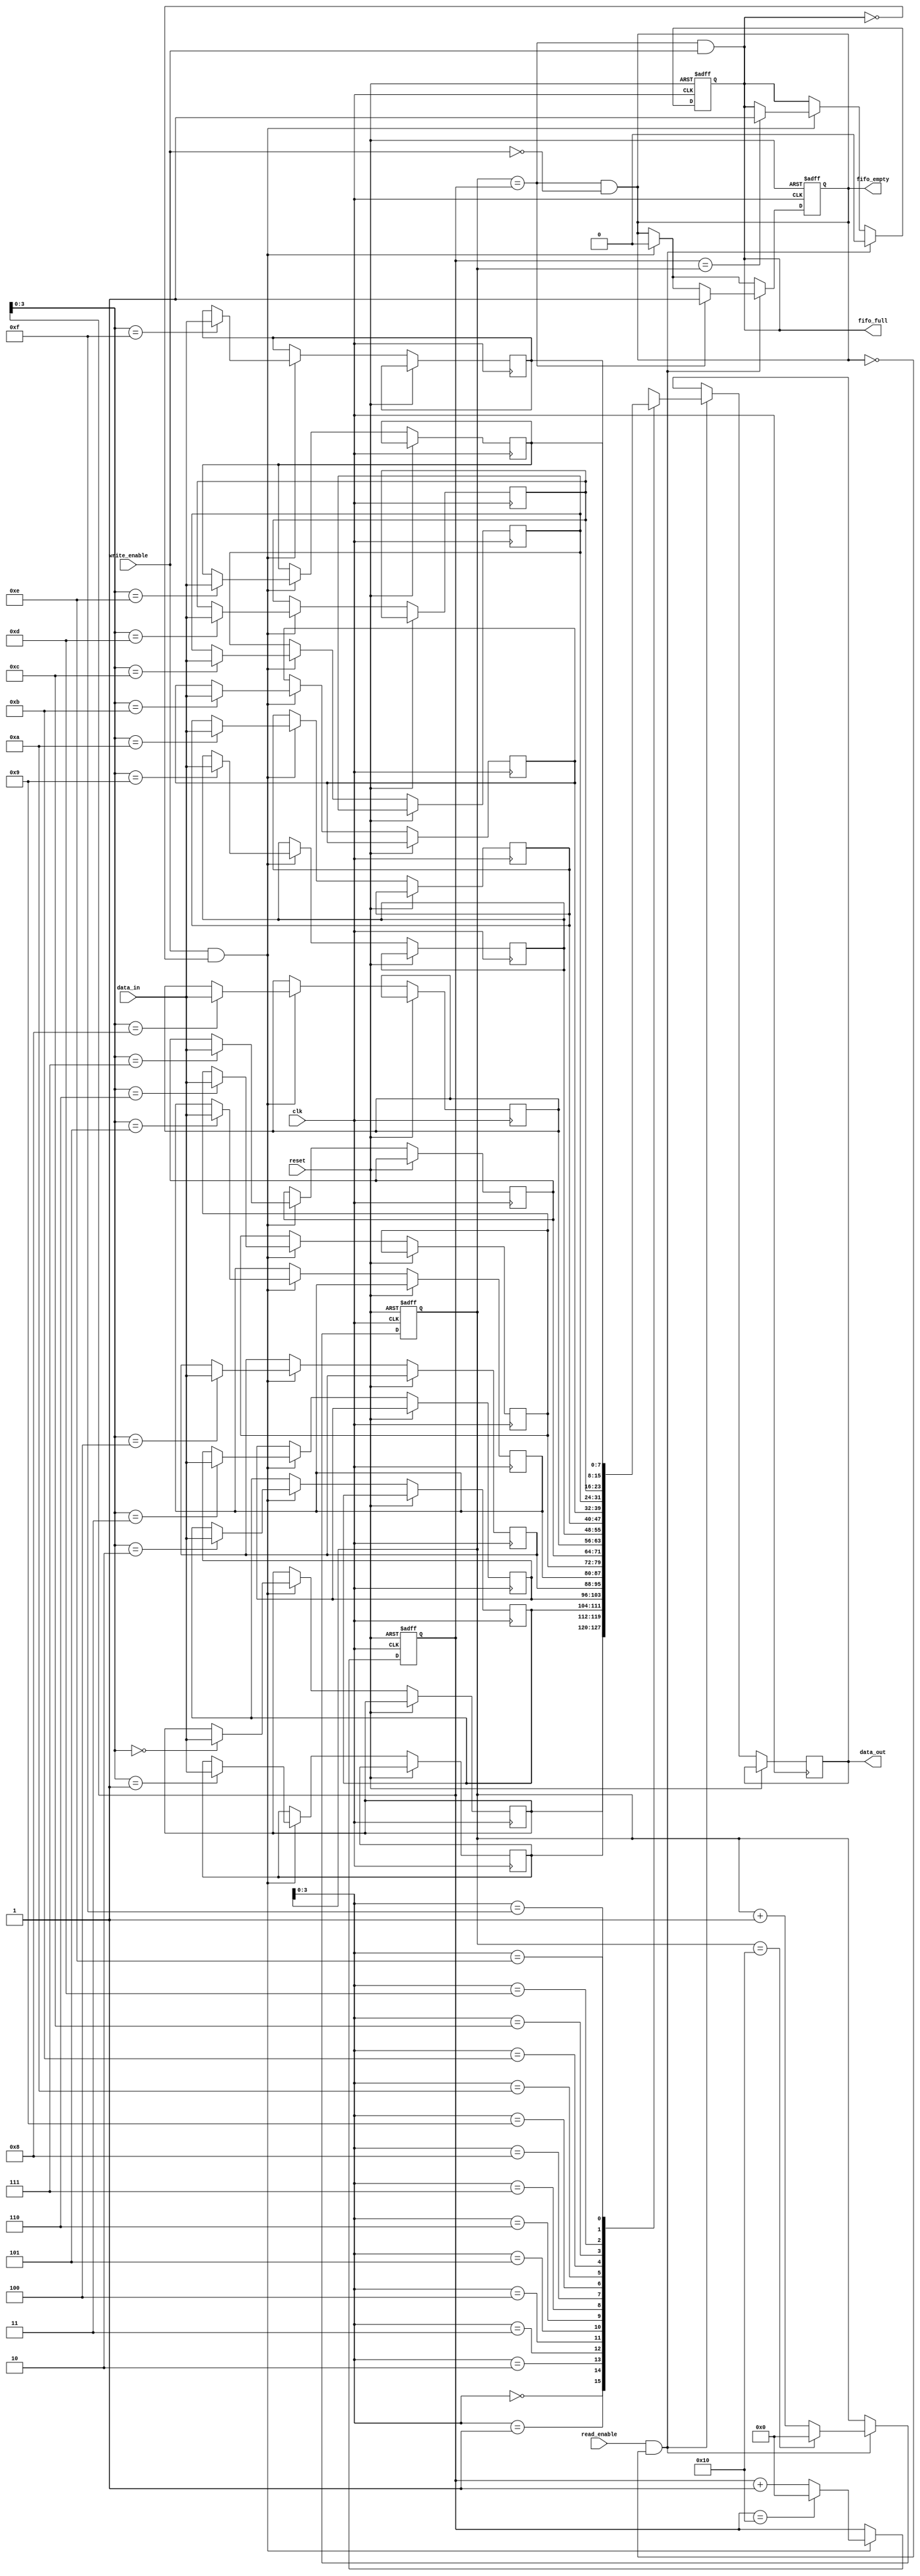
module Gray_FIFO (
    input wire clk,
    input wire reset,
    input wire write_enable,
    input wire read_enable,
    input wire [DATA_WIDTH-1:0] data_in,
    output wire [DATA_WIDTH-1:0] data_out,
    output wire fifo_empty,
    output wire fifo_full
);

parameter DATA_WIDTH = 8; // Change data width as needed
parameter FIFO_DEPTH = 16; // Change FIFO depth as needed

reg [DATA_WIDTH-1:0] fifo [0:FIFO_DEPTH-1];
reg [DATA_WIDTH-1:0] data_out;
reg [DATA_WIDTH-1:0] read_pointer;
reg [DATA_WIDTH-1:0] write_pointer;
reg fifo_empty;
reg fifo_full;

always @(posedge clk or posedge reset)
begin
    if (reset)
    begin
        read_pointer <= 0;
        write_pointer <= 0;
        fifo_empty <= 1;
        fifo_full <= 0;
    end
    else
    begin
        if (write_enable && !fifo_full)
        begin
            fifo[write_pointer] <= data_in;
            write_pointer <= write_pointer + 1;
            if (write_pointer == FIFO_DEPTH)
                write_pointer <= 0;
            fifo_empty <= 0;
            if (write_pointer == read_pointer)
                fifo_full <= 1;
        end

        if (read_enable && !fifo_empty)
        begin
            data_out <= fifo[read_pointer];
            read_pointer <= read_pointer + 1;
            if (read_pointer == FIFO_DEPTH)
                read_pointer <= 0;
            fifo_full <= 0;
            if (read_pointer == write_pointer)
                fifo_empty <= 1;
        end
    end
end

assign fifo_empty = (read_pointer == write_pointer) && !write_enable;
assign fifo_full = (read_pointer == write_pointer) && write_enable;

endmodule